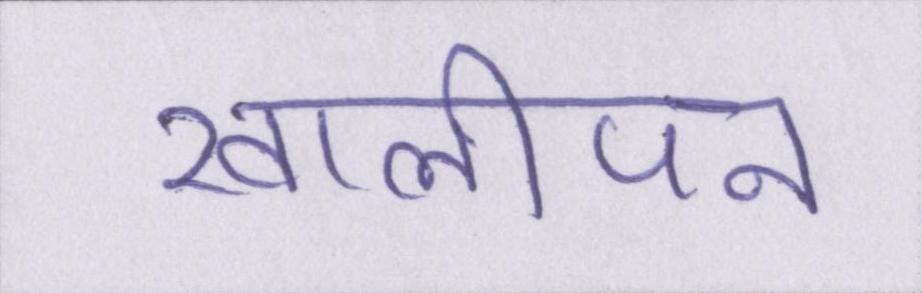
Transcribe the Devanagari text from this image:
खालीपन